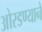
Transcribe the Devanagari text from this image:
ओरडण्याने